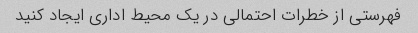
فهرستی از خطرات احتمالی در یک محیط اداری ایجاد کنید